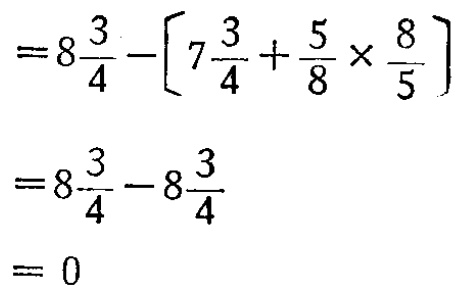
\[

\begin{align*}

&=8\frac{3}{4}-\left[7\frac{3}{4}+\frac{5}{8}\times\frac{8}{5}\right]\\

&=8\frac{3}{4}-8\frac{3}{4}\\

&= 0

\end{align*}

\]